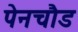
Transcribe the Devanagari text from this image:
पेनचौड